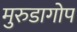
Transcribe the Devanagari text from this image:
मुरुडागोप